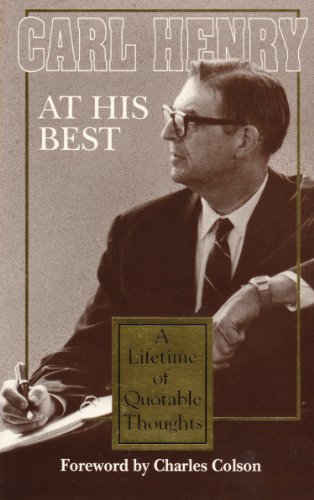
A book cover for Carl Henry at His Best: A Lifetime of Quotable Thoughts; Carl Ferdinand Howard Henry; Christian Books & Bibles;